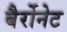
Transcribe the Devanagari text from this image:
बैर्रोनेट